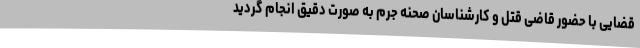
قضایی با حضور قاضی قتل و کارشناسان صحنه جرم به صورت دقیق انجام گردید